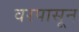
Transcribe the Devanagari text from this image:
वरपासून